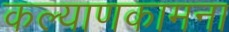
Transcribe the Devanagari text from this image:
कल्याणकामना